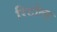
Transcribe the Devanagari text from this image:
रिटोल्ड